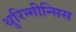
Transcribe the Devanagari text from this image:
थुरिन्गीन्सिस